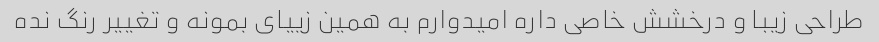
طراحی زیبا و درخشش خاصی داره امیدوارم به همین زییای بمونه و تغییر رنگ نده